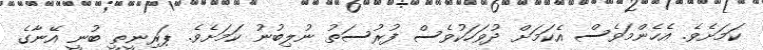
ކަމަށެވެ. އެހެންމަވެސް އެކަމަށް ދުވަހަކުވެސް ފުރުސަތު ނުލިބުނު ކަމަށެވެ. ޕަރިނީތީ ބުނީ އޭނާގެ